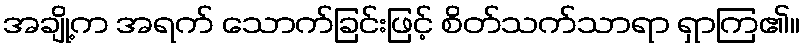
အချို့က အရက် သောက်ခြင်းဖြင့် စိတ်သက်သာရာ ရှာကြ၏။